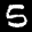
Label: 5